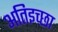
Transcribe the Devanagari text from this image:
अतिइच्छा